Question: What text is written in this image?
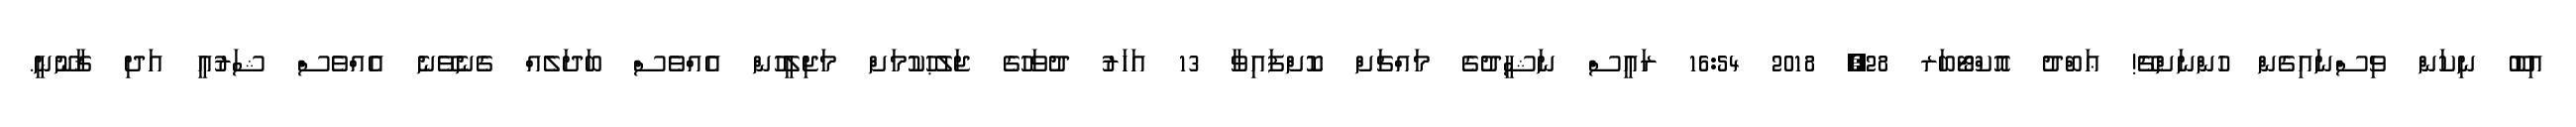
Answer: އިބޫ ނިކަން ވިސްނައިގެން ހުންނަށްޗޭ! ޢަބްދު އޮކްޓޯބަރ 28, 2018 16:54 ރައީސް ނަޝީދުގެ މައްޗަށް ކޮށްފައިވާ 13 އަހަރު ދުވަހުގެ ޖަލުޙުކުމަށް މަޖިލީހުން އެއްވެސް ބަދަލެއް ގެނެވޭނެ އެއްވެސް ޝަރުޢީ އަދި ޤާނޫނީ.